Vaccination in Bombay 1863-1868 - 1863-1868
Year: 1863
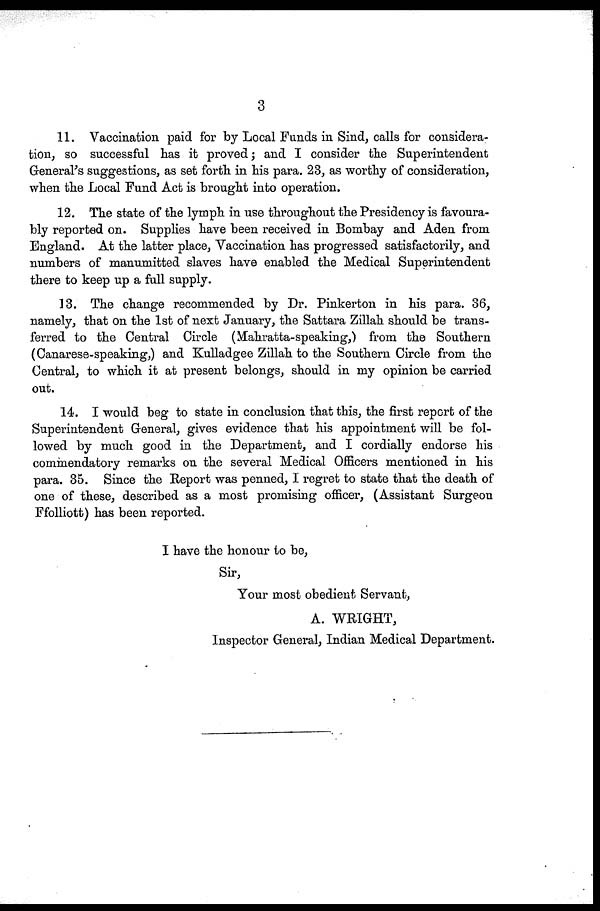
3
11. Vaccination paid for by Local Funds in Sind, calls for considera-
tion, so successful has it proved; and I consider the Superintendent
General's suggestions, as set forth in his para. 23, as worthy of consideration,
when the Local Fund Act is brought into operation.
12. The state of the lymph in use throughout the Presidency is favoura-
bly reported on. Supplies have been received in Bombay and Aden from
England. At the latter place, Vaccination has progressed satisfactorily, and
numbers of manumitted slaves have enabled the Medical Superintendent
there to keep up a full supply.
13. The change recommended by Dr. Pinkerton in his para. 36,
namely, that on the 1st of next January, the Sattara Zillah should be trans-
ferred to the Central Circle (Mahratta-speaking,) from the Southern
(Canarese-speaking,) and Kulladgee Zillah to the Southern Circle from the
Central, to which it at present belongs, should in my opinion be carried
out.
14. I would beg to state in conclusion that this, the first report of the
Superintendent General, gives evidence that his appointment will be fol-
lowed by much good in the Department, and I cordially endorse his
commendatory remarks on the several Medical Officers mentioned in his
para. 35. Since the Report was penned, I regret to state that the death of
one of these, described as a most promising officer, (Assistant Surgeon
Ffolliott) has been reported.
I have the honour to be,
Sir,
Your most obedient Servant,
A. WRIGHT,
Inspector General, Indian Medical Department.